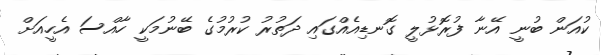
ކުއަން ބުނީ އޭނާ ފުރޮޅުލީ ގޮނޑިއެއްގައި ދަތުރު ކުރުމުގެ ބޭނުމަކީ ހާއްސަ އެހީއަށް